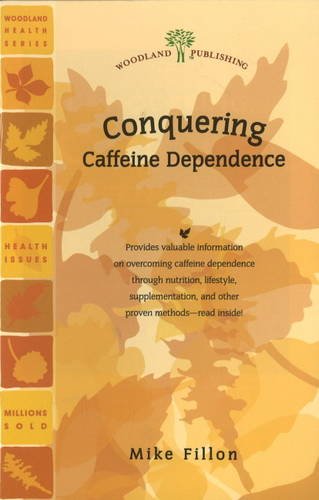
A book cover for Conquering Caffeine Dependence (Woodland Health); Mike Fillon; Health, Fitness & Dieting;